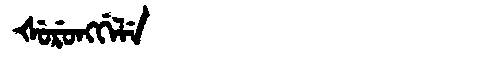
Manchu: ᡧᡠᡵᡠᠩᡤᡝᠯᡝ
Romanization: ŠURUNGGELE